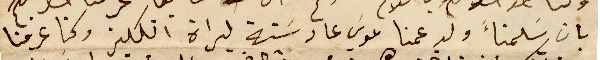
بان سَلمنأَ ولد عمنا موسَي عاد سَتة ليراة انكليز وكنا عرفنا